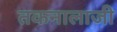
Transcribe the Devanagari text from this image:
तकनालाजी